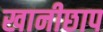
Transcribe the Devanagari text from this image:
खानीछाप